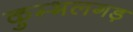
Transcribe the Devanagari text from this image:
कुम्भलगड़